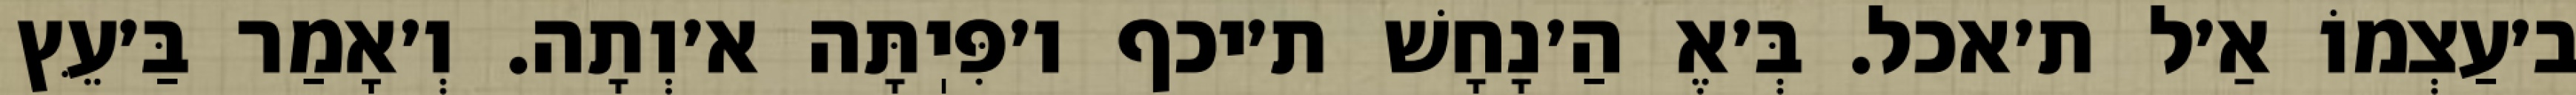
ב׳עַצְמוֹ אַ׳ל ת׳אכל. בְּ׳אֶ הַ׳נָחָשׁ ת׳יכף ו׳פִּיֽתָּה א׳וְתָה. וְ׳אָמַר בַּ׳עֵּץ